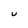
Character: U